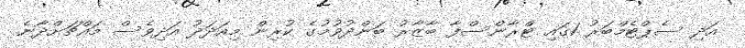
އަދި ސެޕްޓެމްބަރު 1ގައި ޓްރާންސްފާ ބާޒާރު ބަންދުވުމުގެ ކުރިން މިއަދަދު އަދިވެސް މައްޗަށްދާނެ